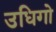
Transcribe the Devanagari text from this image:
उधिगो